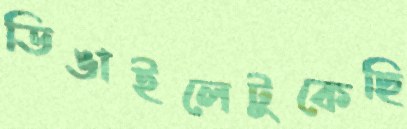
ডিঙাইলেটুকেছি